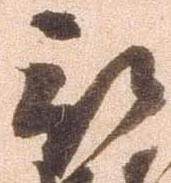
被